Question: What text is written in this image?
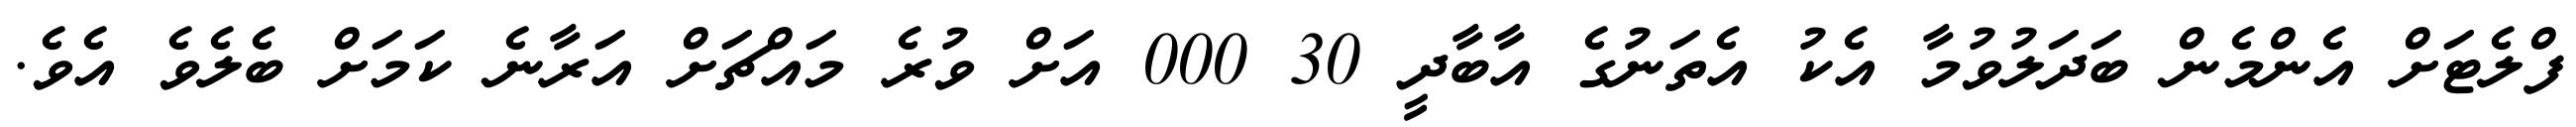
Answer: ފްލެޓަށް އެންމެން ބަދަލުވުމާ އެކު އެތަނުގެ އާބާދީ 30 000 އަށް ވުރެ މައްޗަށް އަރާނެ ކަމަށް ބެލެވެ އެވެ.